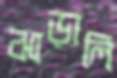
ঝাড়ালি